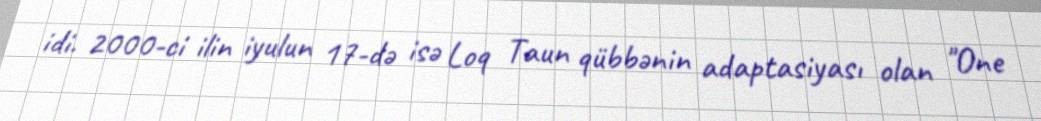
idi. 2000-ci ilin iyulun 17-də isə Loq Taun qübbənin adaptasiyası olan "One